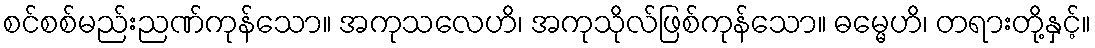
စင်စစ်မည်းညဏ်ကုန်သော။ အကုသလေဟိ၊ အကုသိုလ်ဖြစ်ကုန်သော။ ဓမ္မေဟိ၊ တရားတို့နှင့်။